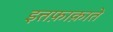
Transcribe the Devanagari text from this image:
इत्तफ़ाक़ाते